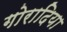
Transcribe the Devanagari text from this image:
गोरादिया